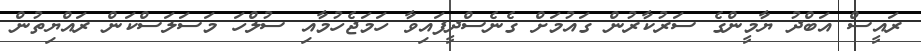
ރައީސް އަބްދު ޔާމީންގެ ސަރުކާރުން ގައުމަށް ގެނެސްދީފައިވާ ހަމަޖެހުމާއި ސުލްހަ މަސަލަސްކަން ރައްޔިތުން